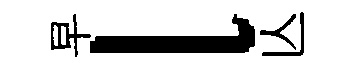
早l亾